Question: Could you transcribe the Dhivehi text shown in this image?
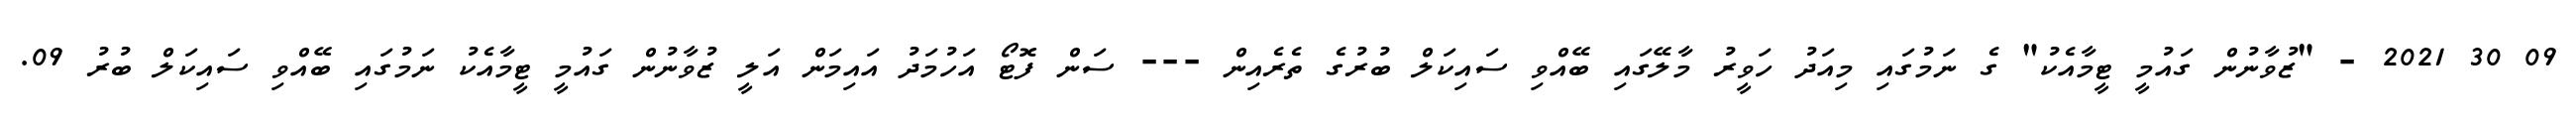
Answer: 09 30 2021 - "ޒުވާނުން ގައުމީ ޓީމާއެކު" ގެ ނަމުގައި މިއަދު ހަވީރު މާލޭގައި ބޭއްވި ސައިކަލް ބުރުގެ ތެރެއިން --- ސަން ފޮޓޯ އަހުމަދު އައިމަން އަލީ ޒުވާނުން ގައުމީ ޓީމާއެކު ނަމުގައި ބޭއްވި ސައިކަލް ބުރު 09.